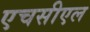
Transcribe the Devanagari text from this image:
एचसीएल